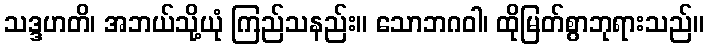
သဒ္ဒဟတိ၊ အဘယ်သို့ယုံ ကြည်သနည်း။ သောဘဂဝါ၊ ထိုမြတ်စွာဘုရားသည်။